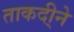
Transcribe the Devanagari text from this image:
ताकदी्ने